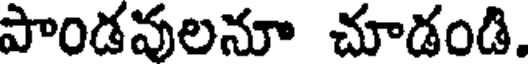
పాండవులనూ చూడండి.